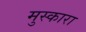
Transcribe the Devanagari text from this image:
मुस्कारा